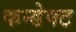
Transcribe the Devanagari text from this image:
कन्डेक्ट